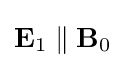
\mathbf {E} _{1}\parallel \mathbf {B} _{0}